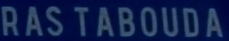
RAS TABOUDA